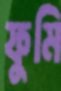
ফুমি